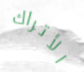
الأتراك